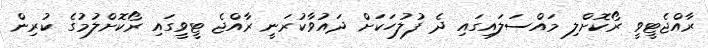
ރާއްޖެޓީވީ ރޯކޮށްލި މައްސަލައިގައި ދެ ފުލުހަކަށް ދައުވާކުރަނީ ރާއްޖެ ޓީވީގައި ރޯކޮށްލުމުގެ ކުރިން